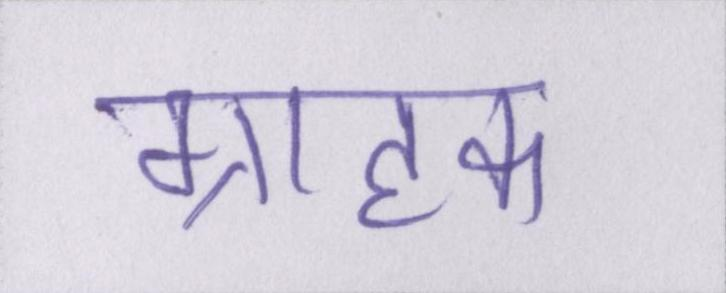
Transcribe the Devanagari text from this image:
ग्राहक